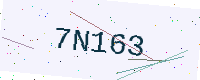
Text: 7N163